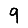
Digit: 9